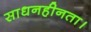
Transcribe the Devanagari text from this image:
साधनहीनता।